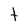
Character: t